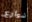
شوارع